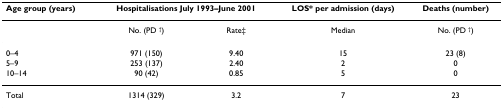
<table><thead><tr><td><b>Age group (years)</b></td><td colspan="2"><b>Hospitalisations July 1993–June 2001</b></td><td><b>LOS* per admission (days)</b></td><td><b>Deaths (number)</b></td></tr></thead><tbody><tr><td></td><td>No. (PD <sup>†</sup>)</td><td>Rate‡</td><td>Median</td><td>No. (PD <sup>†</sup>)</td></tr><tr><td>0–4</td><td>971 (150)</td><td>9.40</td><td>15</td><td>23 (8)</td></tr><tr><td>5–9</td><td>253 (137)</td><td>2.40</td><td>2</td><td>0</td></tr><tr><td>10–14</td><td>90 (42)</td><td>0.85</td><td>5</td><td>0</td></tr><tr><td>Total</td><td>1314 (329)</td><td>3.2</td><td>7</td><td>23</td></tr></tbody></table>